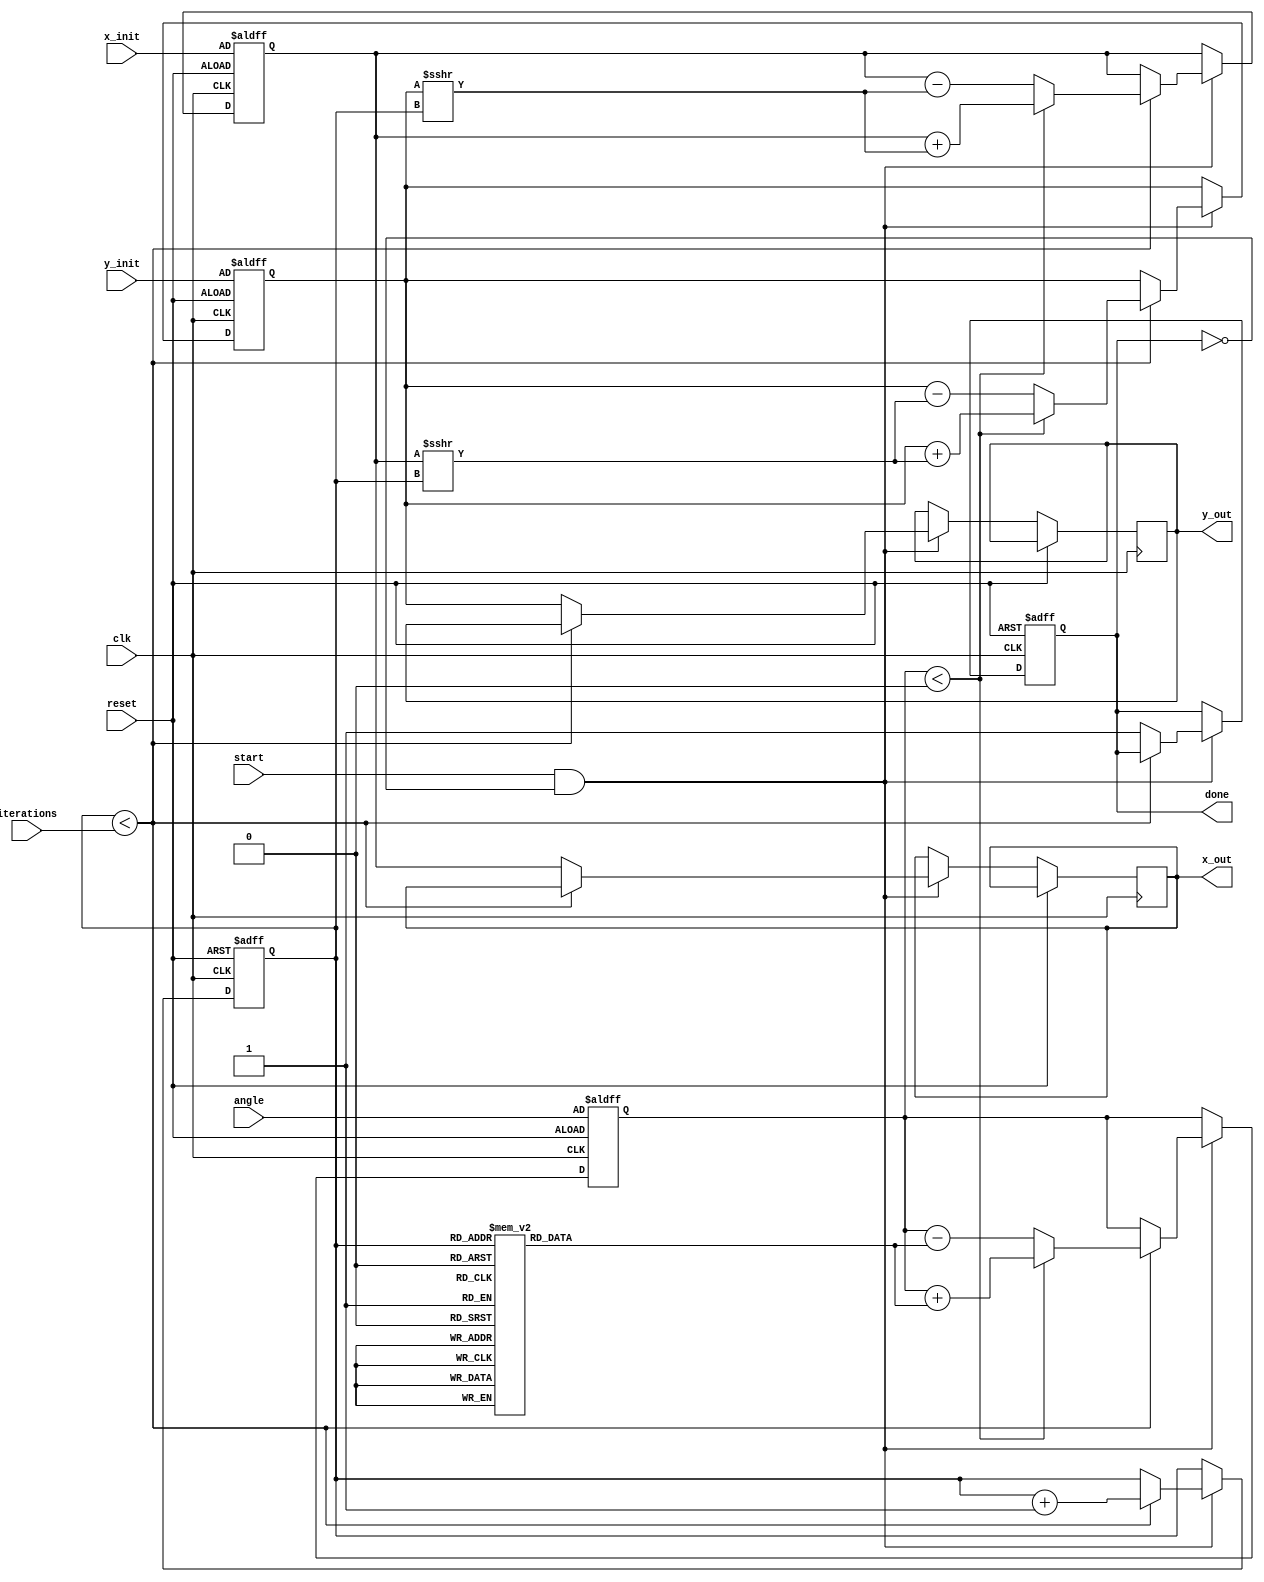
module hyperbolic_cordic (
    input clk,
    input reset,
    input start,
    input [15:0] angle,  // Fixed-point representation of angle
    input [15:0] x_init, // Initial value for cosh
    input [15:0] y_init, // Initial value for sinh
    input [3:0] iterations, // Number of iterations
    output reg [15:0] x_out, // Final cosh result
    output reg [15:0] y_out, // Final sinh result
    output reg done  // Indicates completion
);

    // Internal registers
    reg [15:0] x;
    reg [15:0] y;
    reg [15:0] z;
    reg [3:0] count;
    reg [15:0] angle_table [0:15]; // Lookup table for hyperbolic angles

    initial begin
        // Initialize the angle lookup table (hyperbolic angles)
        angle_table[0] = 16'h0000; // 0
        angle_table[1] = 16'h0001; // 1
        angle_table[2] = 16'h0002; // 2
        angle_table[3] = 16'h0004; // 4
        angle_table[4] = 16'h0008; // 8
        angle_table[5] = 16'h0010; // 16
        angle_table[6] = 16'h0020; // 32
        angle_table[7] = 16'h0040; // 64
        angle_table[8] = 16'h0080; // 128
        angle_table[9] = 16'h0100; // 256
        angle_table[10] = 16'h0200; // 512
        angle_table[11] = 16'h0400; // 1024
        angle_table[12] = 16'h0800; // 2048
        angle_table[13] = 16'h1000; // 4096
        angle_table[14] = 16'h2000; // 8192
        angle_table[15] = 16'h4000; // 16384
    end

    // State machine
    always @(posedge clk or posedge reset) begin
        if (reset) begin
            x <= x_init;
            y <= y_init;
            z <= angle;
            count <= 0;
            done <= 0;
        end else if (start && !done) begin
            if (count < iterations) begin
                // CORDIC rotation logic
                if (z < 0) begin
                    // Perform rotation in the negative direction
                    x <= x + (y >>> count);
                    y <= y + (x >>> count);
                    z <= z + angle_table[count];
                end else begin
                    // Perform rotation in the positive direction
                    x <= x - (y >>> count);
                    y <= y - (x >>> count);
                    z <= z - angle_table[count];
                end
                count <= count + 1;
            end else begin
                // Final output after iterations
                x_out <= x;
                y_out <= y;
                done <= 1;
            end
        end
    end

endmodule